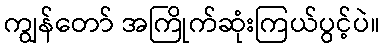
ကျွန်တော် အကြိုက်ဆုံးကြယ်ပွင့်ပဲ။